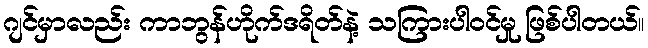
ဂျင်မှာလည်း ကာဘွန်ဟိုက်ဒရိတ်နဲ့ သကြားပါဝင်မှု ဖြစ်ပါတယ်။